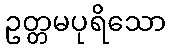
ဥတ္တမပုရိသော